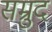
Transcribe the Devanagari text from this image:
सम्रुद